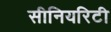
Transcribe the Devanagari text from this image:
सीनियरिटी